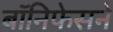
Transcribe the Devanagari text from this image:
बॉनिफेसने